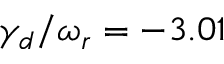
\gamma _ { d } / \omega _ { r } = - 3 . 0 1 \